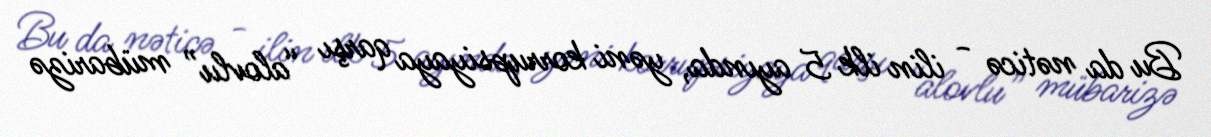
Bu da nəticə - ilin ilk 5 ayında, yəni korrupsiyaya qarşı “alovlu” mübarizə